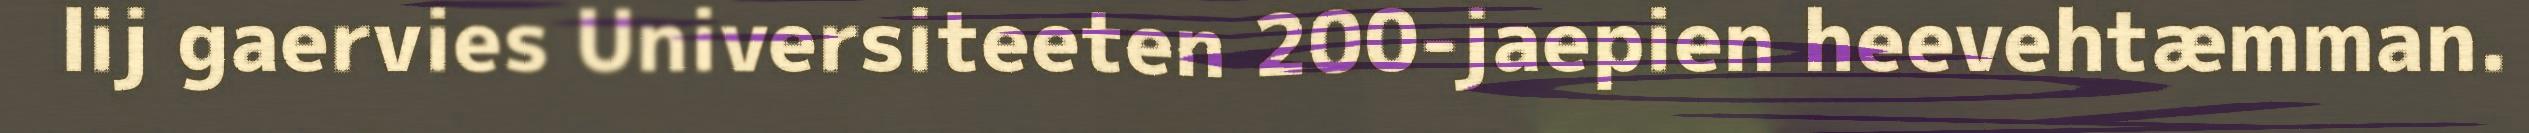
lij gaervies Universiteeten 200-jaepien heevehtæmman.